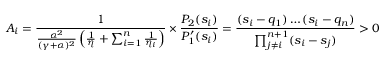
A _ { i } = \frac { 1 } { \frac { \alpha ^ { 2 } } { ( \gamma + \alpha ) ^ { 2 } } \left( \frac { 1 } { \eta } + \sum _ { i = 1 } ^ { n } \frac { 1 } { \eta _ { i } } \right) } \times \frac { P _ { 2 } ( s _ { i } ) } { P _ { 1 } ^ { \prime } ( s _ { i } ) } = \frac { ( s _ { i } - q _ { 1 } ) \ldots ( s _ { i } - q _ { n } ) } { \prod _ { j \ne i } ^ { n + 1 } ( s _ { i } - s _ { j } ) } > 0